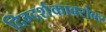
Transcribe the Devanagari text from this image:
दिग्दर्शकाबरोबर